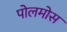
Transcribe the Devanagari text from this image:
पोलमोस